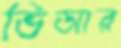
ভিআর